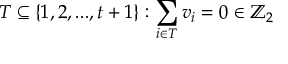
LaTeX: T \subseteq \{ 1 , 2 , . . . , t + 1 \} : \sum _ { i \in T } v _ { i } = 0 \in \mathbb { Z } _ { 2 }